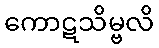
ကောဋသိမ္ဗလိ